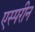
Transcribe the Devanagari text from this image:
एस्परीन